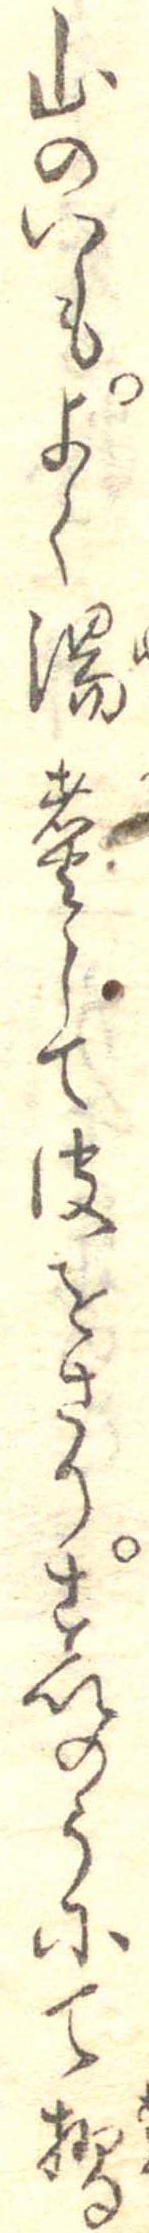
山のいもよく湯煮して皮をさりすいのうにて摺